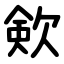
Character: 㰸